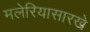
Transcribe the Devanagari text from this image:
मलेरियासारखे